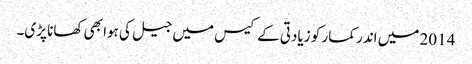
2014 میں اندر کمار کو زیادتی کے کیس میں جیل کی ہوا بھی کھانا پڑی۔